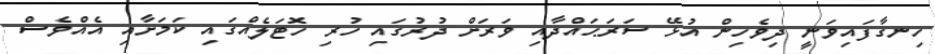
ހިނގާފައިވަނީ ދިވެހިން އުޅޭ ސަރަޙައްދާއި ވަރަށް ދުރުގައި ހުރި ހޮޓަލެއްގައި ކަމަށާއި އެއްވެސް